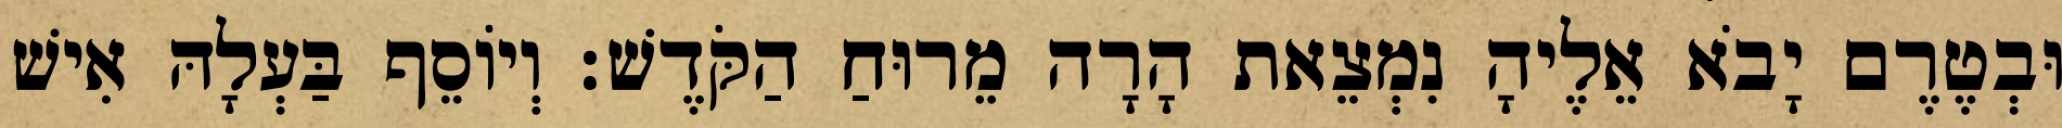
וּבְטֶרֶם יָבֹא אֵלֶיהָ נִמְצֵאת הָרָה מֵרוּחַ הַקֹּדֶשׁ׃ וְיוֹסֵף בַּעְלָהּ אִישׁ